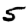
Digit: 5